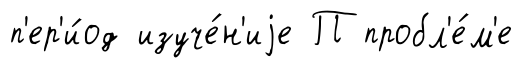
п'ер'и́од изуче́н'иjе П пробл'е́м'е